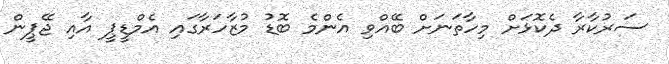
ސަރުކާރާ ދެކޮޅަށް މިހާތަނަށް ބޭއްވި އެންމެ ބޮޑު މުޒާހަރާގައި އެމްޑީޕީ އާއި ޖޭޕީން